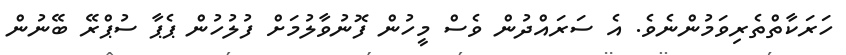
ހަރަކާތްތެރިވަމުންނެވެ. އެ ސަރައްދުން ވެސް މީހުން ފޮނުވާލުމަށް ފުލުހުން ޕެޕާ ސުޕްރޭ ބޭނުން